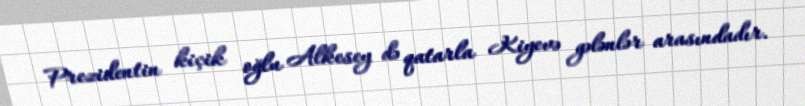
Prezidentin kiçik oğlu Alkesey də qatarla Kiyevə gələnlər arasındadır.